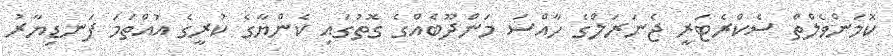
ކޮމަންވެލްތް ސެކްރެޓަރީ ޖެނަރަލްގެ ހާއްސަ މަންދޫބެއްގެ ގޮތުގައި ކެންޔާގެ ކުރީގެ އުއްތަމަ ފަނޑިޔާރު